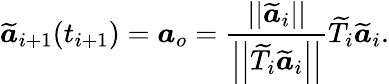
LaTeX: \widetilde{\boldsymbol{a}}_{i+1}(t_{i+1})=\boldsymbol{a}_{o}=\frac{||\widetilde{\boldsymbol{a}}_{i}||}{\left|\left|\widetilde{T}_{i}\widetilde{\boldsymbol{a}}_{i}\right|\right|}\widetilde{T}_{i}\widetilde{\boldsymbol{a}}_{i}.